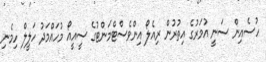
ހުސެއިން ސަނީ އުމަރުގެ އިތުރުން ރިއެލޯ އިންވެސްޓްމަންޓުގެ ސީއީއޯ މުހައްމަދު ހަލީލް ހިމެނި